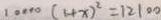
1 0 0 0 0 ( 1 + x ) ^ { 2 } = 1 2 1 0 0